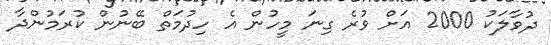
ދުވާލަކު 2000 އަށް ވުރެ ގިނަ މީހުން އެ ހިދުމަތް ބޭނުން ކުރަމުންދާ